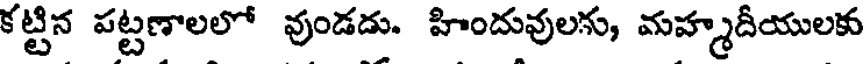
కట్టిన పట్టణాలలో వుండడు. హిందువులగు, మహ్మదీయులకు